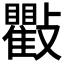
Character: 𭤒